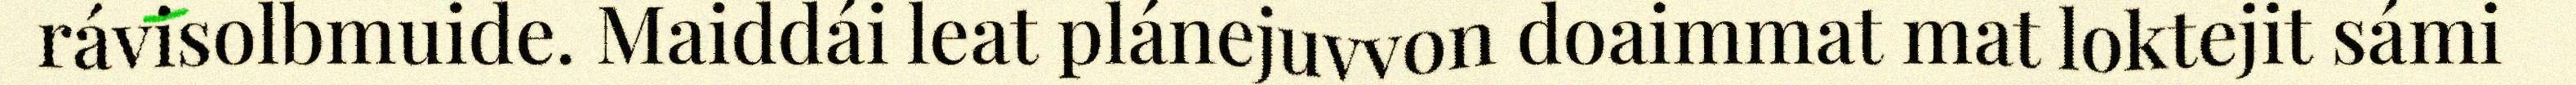
rávisolbmuide. Maiddái leat plánejuvvon doaimmat mat loktejit sámi